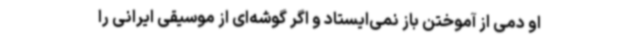
او دمی از آموختن باز نمی‌ایستاد و اگر گوشه‌ای از موسیقی ایرانی را